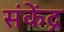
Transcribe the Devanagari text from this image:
संकेंद्र